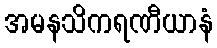
အမနသိကရဏီယာနံ